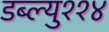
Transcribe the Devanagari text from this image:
डब्ल्यु११४